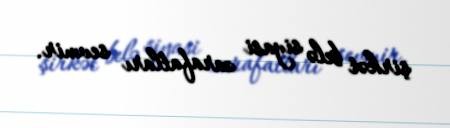
şirkət belə siyasi zarafatları sevmir.